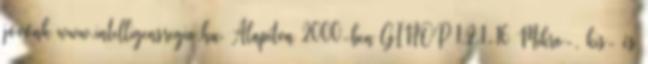
jövőnk www.intelligensregio.hu. Alapítva 2000-ben GINOP 1.2.1-16 Mikro-, kis- és